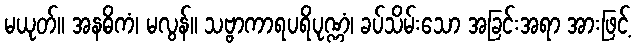
မယုတ်။ အနဓိကံ၊ မလွန်။ သဗ္ဗာကာရပရိပုဏ္ဏံ၊ ခပ်သိမ်းသော အခြင်းအရာ အားဖြင့်